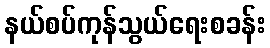
နယ်စပ်ကုန်သွယ်ရေးစခန်း